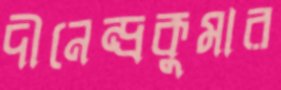
দীনেন্দ্রকুমার